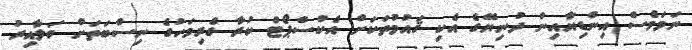
ނަމަވެސް އިންޑިޔާއިން ދުނިޔޭގެ އެކި ޤައުމުތަކަށް އެކްސްޕޯޓް ކުރާ ގެރިމަހުގެ ނިސްބަތަށް ބަލާއިރު